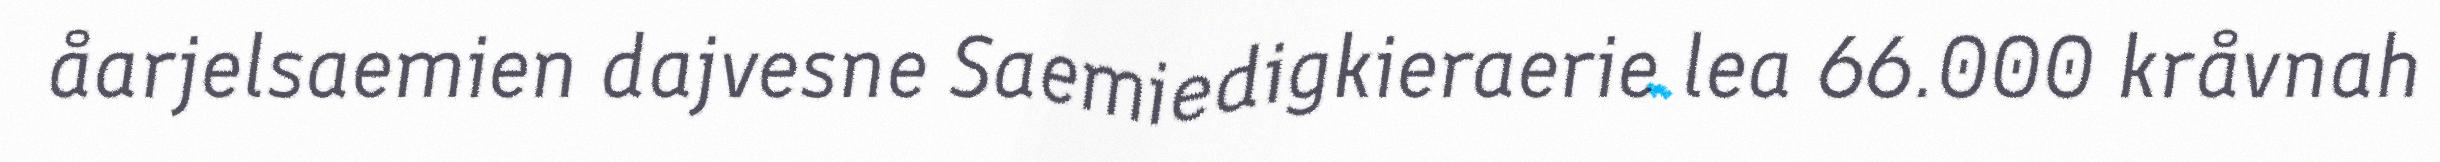
åarjelsaemien dajvesne Saemiedigkieraerie lea 66.000 kråvnah